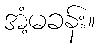
အံ့မခန်း။